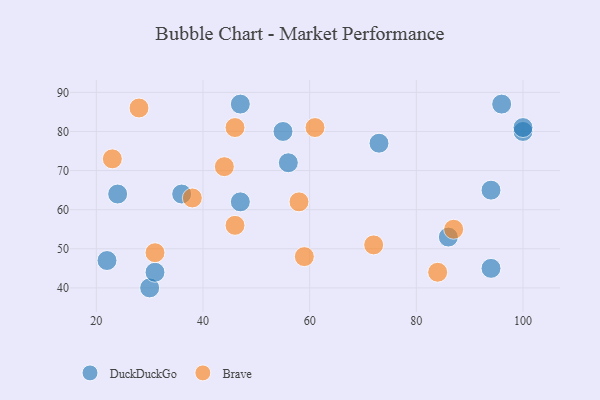
{"axis": {"x": "GDP", "y": "Life Expectancy"}, "legend": ["Brave", "DuckDuckGo"], "data": [{"x": "30", "y": 40, "type": "DuckDuckGo"}, {"x": "36", "y": 64, "type": "DuckDuckGo"}, {"x": "94", "y": 65, "type": "DuckDuckGo"}, {"x": "100", "y": 80, "type": "DuckDuckGo"}, {"x": "100", "y": 81, "type": "DuckDuckGo"}, {"x": "22", "y": 47, "type": "DuckDuckGo"}, {"x": "31", "y": 44, "type": "DuckDuckGo"}, {"x": "24", "y": 64, "type": "DuckDuckGo"}, {"x": "73", "y": 77, "type": "DuckDuckGo"}, {"x": "96", "y": 87, "type": "DuckDuckGo"}, {"x": "86", "y": 53, "type": "DuckDuckGo"}, {"x": "55", "y": 80, "type": "DuckDuckGo"}, {"x": "94", "y": 45, "type": "DuckDuckGo"}, {"x": "47", "y": 62, "type": "DuckDuckGo"}, {"x": "56", "y": 72, "type": "DuckDuckGo"}, {"x": "47", "y": 87, "type": "DuckDuckGo"}, {"x": "46", "y": 81, "type": "Brave"}, {"x": "28", "y": 86, "type": "Brave"}, {"x": "38", "y": 63, "type": "Brave"}, {"x": "58", "y": 62, "type": "Brave"}, {"x": "31", "y": 49, "type": "Brave"}, {"x": "61", "y": 81, "type": "Brave"}, {"x": "72", "y": 51, "type": "Brave"}, {"x": "23", "y": 73, "type": "Brave"}, {"x": "59", "y": 48, "type": "Brave"}, {"x": "46", "y": 56, "type": "Brave"}, {"x": "84", "y": 44, "type": "Brave"}, {"x": "44", "y": 71, "type": "Brave"}, {"x": "87", "y": 55, "type": "Brave"}]}